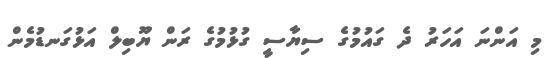
މި އަންނަ އަހަރު ދެ ގައުމުގެ ސިޔާސީ ގުޅުމުގެ ރަން ޔޫބިލް އަޅުގަނޑުމެން